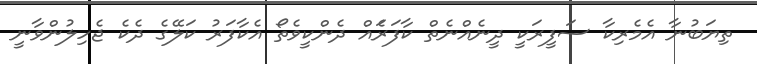
ތިޔަބުނާ އެމެރިކާ ސަފީރަކީ ދީނެއްނެތް ކާފަރަެއް ދެންކީވެތޯ އެކާފަރު ކަލޭގެ ދެކެ ޖެހިލުންވާނީ